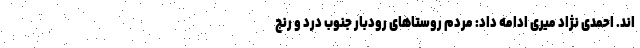
اند. احمدی نژاد میری ادامه داد: مردم روستاهای رودبار جنوب درد و رنج